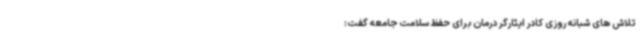
تلاش های شبانه روزی کادر ایثارگر درمان برای حفظ سلامت جامعه گفت: